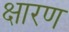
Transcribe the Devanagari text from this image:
क्षारण